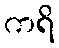
ကရိ